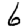
Digit: 6